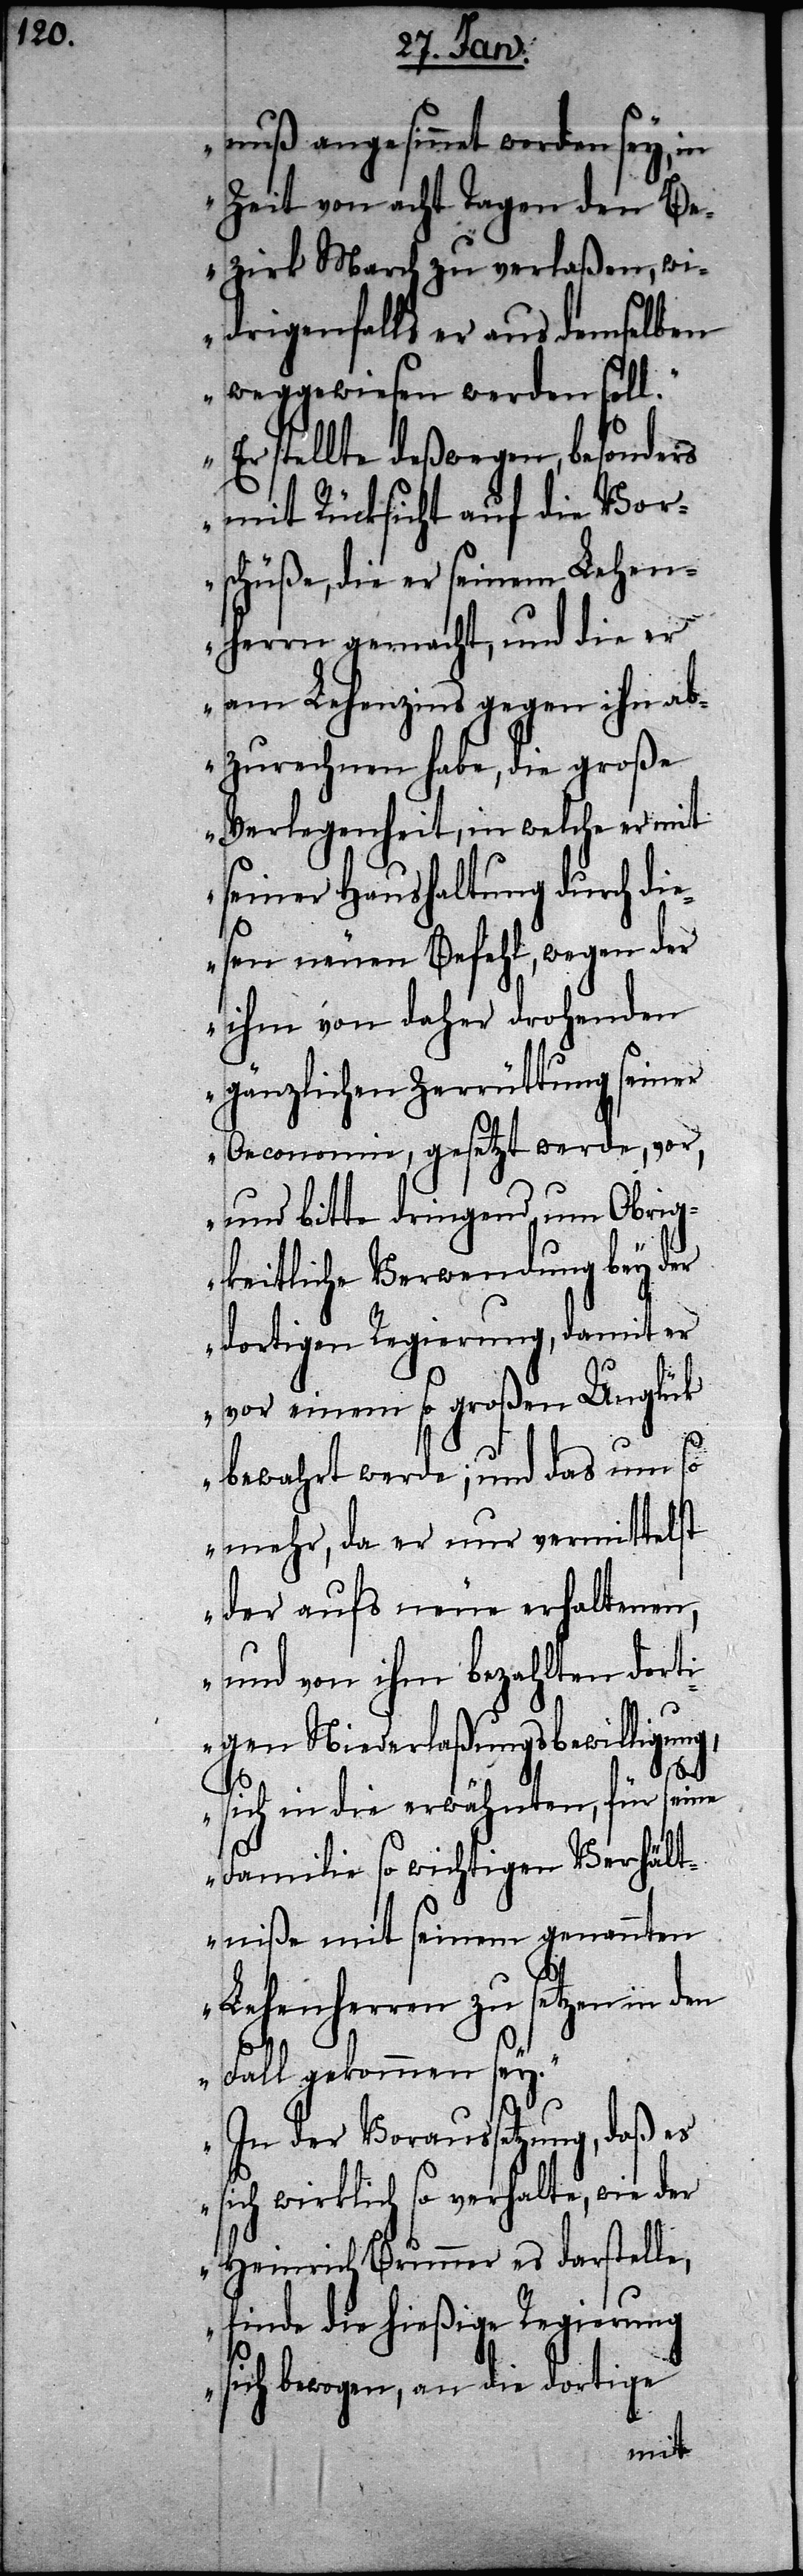
nuß angesinnet worden sey, in
Zeit von acht Tagen den Be¬
zirk March zu verlaßen, wi¬
drigenfalls er aus demselben
weggewiesen werden soll.
Er stellte deßwegen, besonders
mit Rücksicht auf die Vor¬
schüße, die er seinem Lehen¬
herrn gemacht, und die er
am Lehenzins gegen ihn ab¬
zurechnen habe, die große
Verlegenheit, in welche er mit
seiner Haushaltung durch die¬
sen neuen Befehl, wegen der
ihm von daher drohenden
gänzlichen Zerrüttung seiner
Oeconomie, gesetzt werde, vor,
und bitte dringend um Obrig¬
keitliche Verwendung bey der
dortigen Regierung, damit er
vor einem so großen Unglück
bewahrt werde; und das um so
mehr, da er nur vermittelst
der aufs neue erhaltenen,
und von ihm bezahlten dorti¬
gen Niederlaßungsbewilligung,
sich in die erwähnten, für seine
Familie so wichtigen Verhält¬
niße mit seinem genannten
Lehenherren zu setzen in den
Fall gekommen sey.
In der Voraussetzung, daß es
sich wirklich so verhalte, wie der
Heinrich Brunner es darstelle,
finde die hießige Regierung
sich bewogen, an die dortige